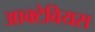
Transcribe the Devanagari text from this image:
आक्टेवियस